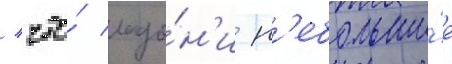
/ что́ ладо́н'и н'ебольши́е